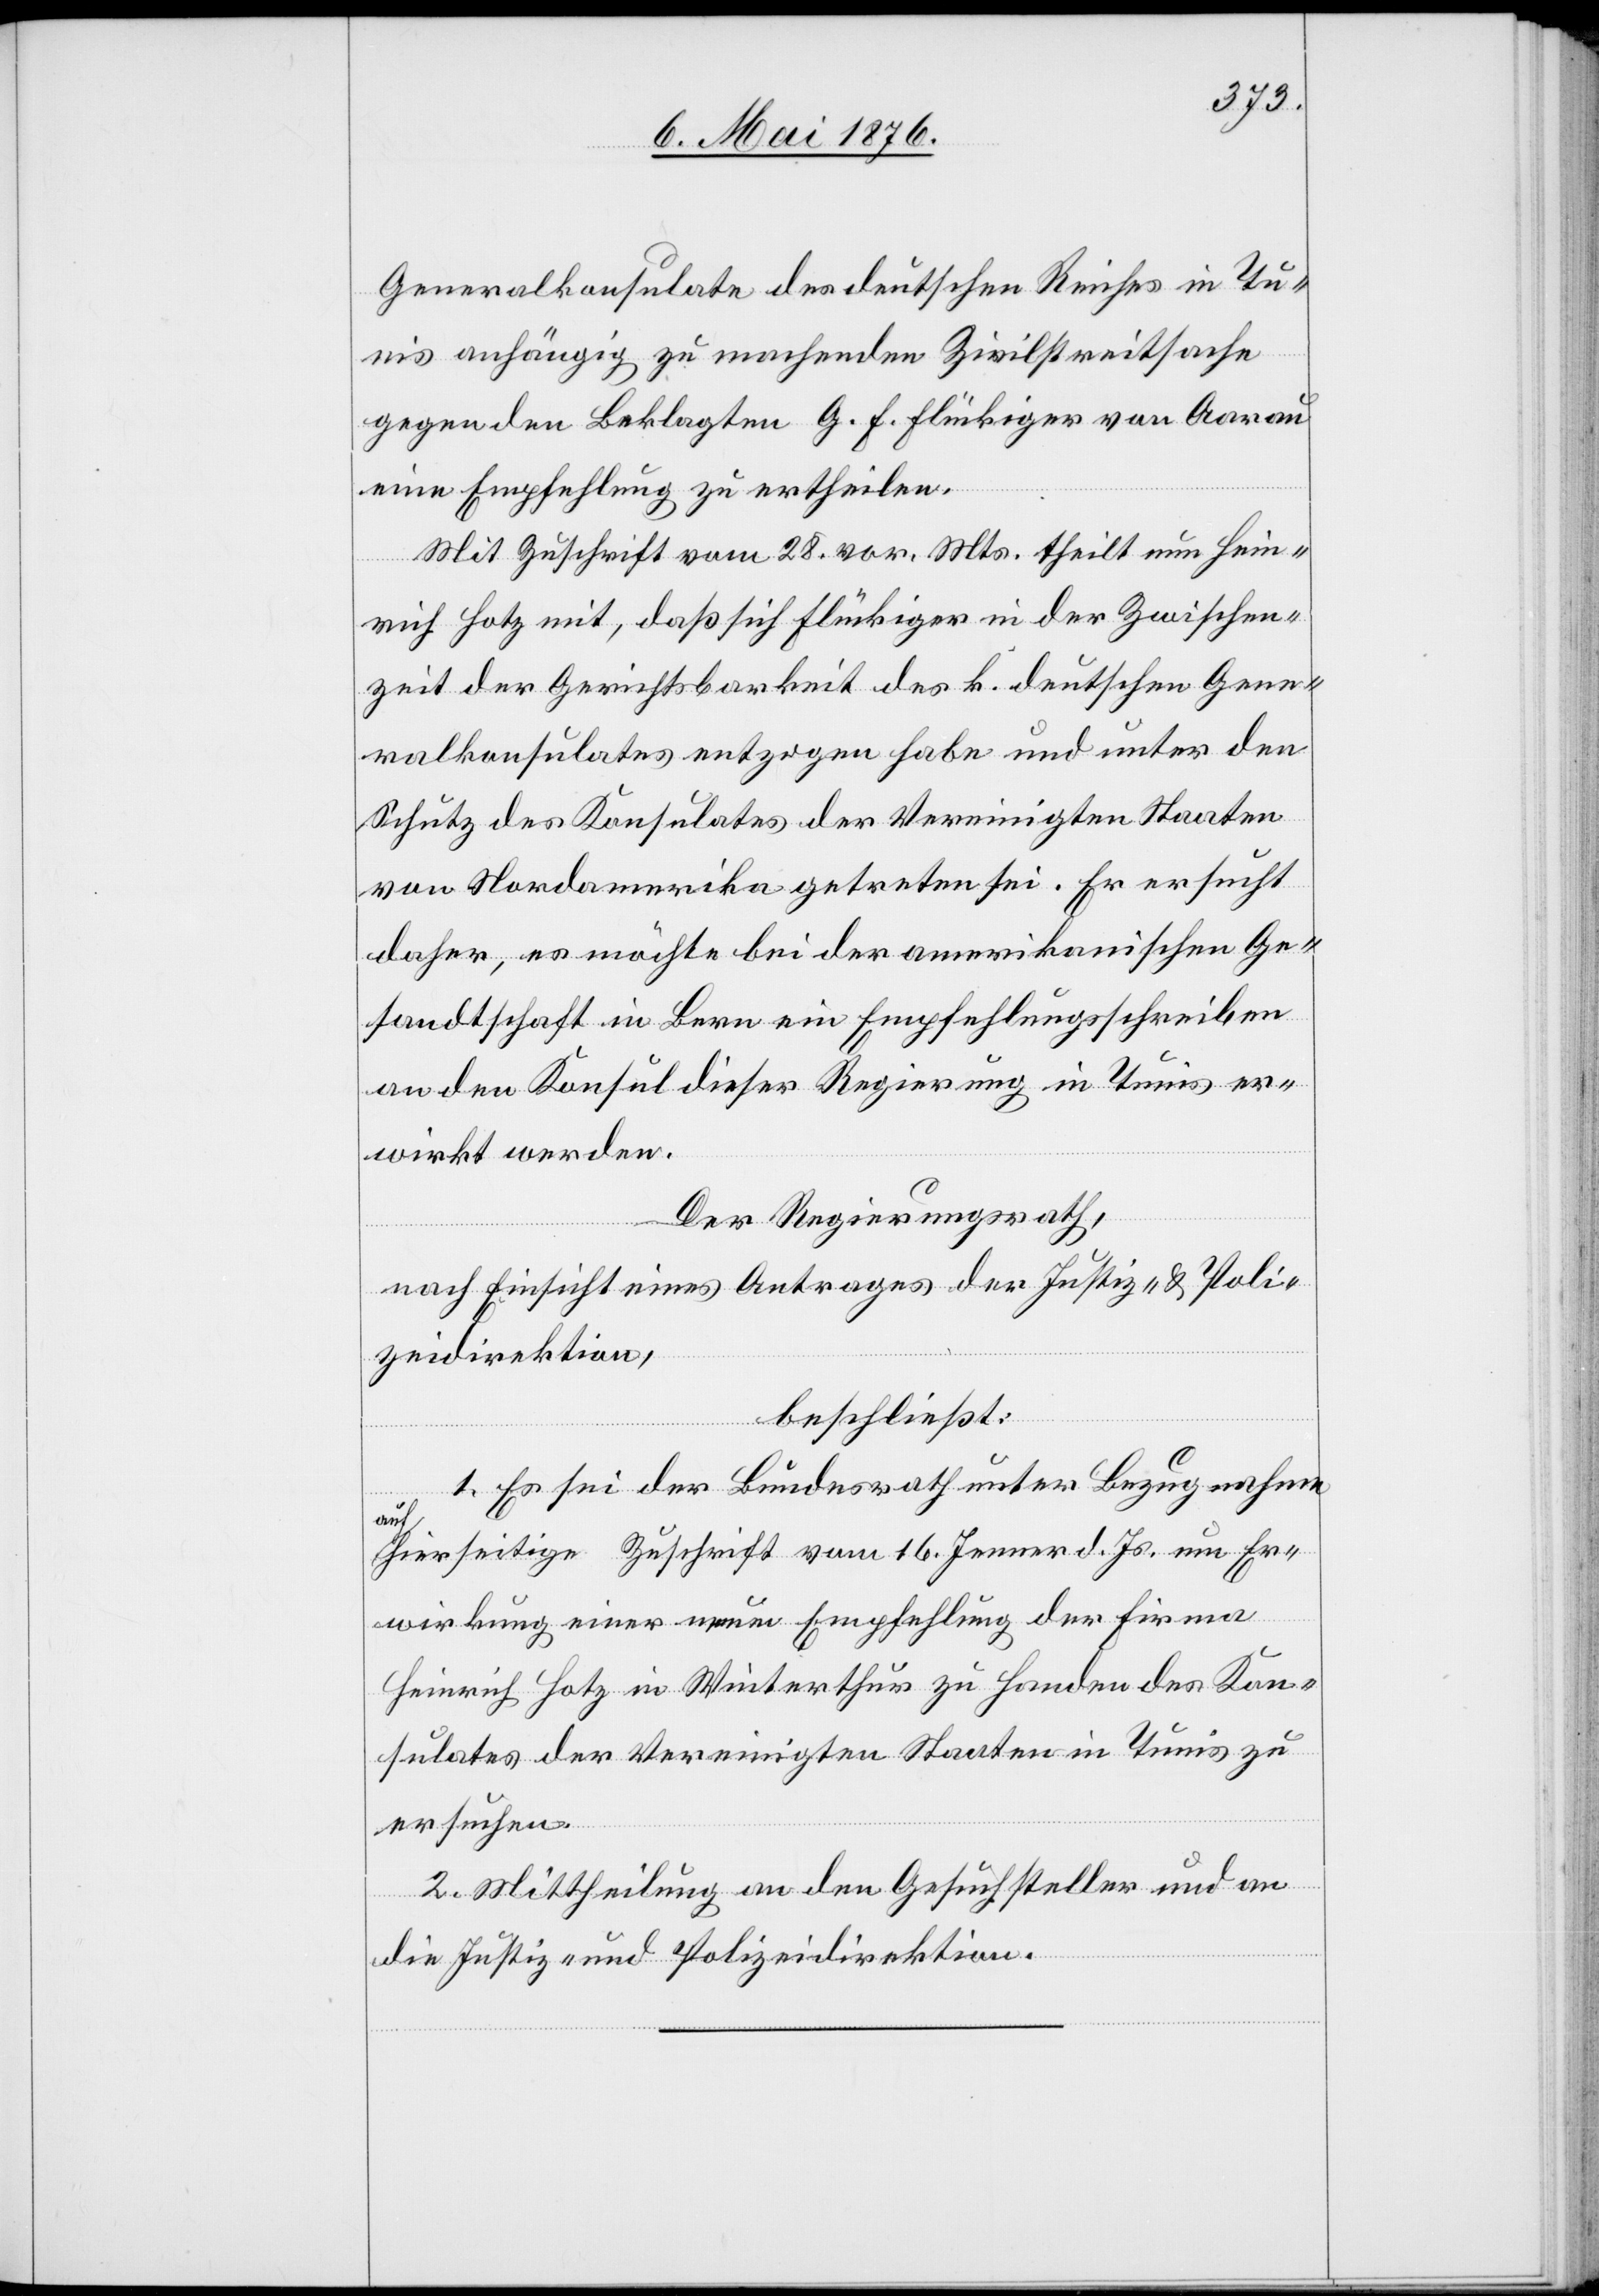
Generalkonsulate des deutschen Reiches in Tu¬
nis anhängig zu machende Zivilstreitsache
gegen den Beklagten g. F. Flückiger von Aarau
eine Empfehlung zu ertheilen.
Mit Zuschrift vom 28. vor. Mts. theilt nun Hein¬
rich Hotz mit, daß sich Flückiger in der Zwischen¬
zeit der Gerichtsbarkeit des k. deutschen Gene¬
ralkonsulates entzogen habe und unter den
Schutz des Konsulates der Vereinigten Staaten
von Nordamerika getreten sei. Er ersucht
daher, es möchte bei der amerikanischen Ge¬
sandtschaft in Bern ein Empfehlungsschreiben
an den Konsul dieser Regierung in Tunis er¬
wirkt werden.
Der Regierungsrath,
nach Einsicht eines Antrages der Justiz- & Poli¬
zeidirektion,
beschließt:
1. Es sei der Bundesrath unter Bezugnahme
auf
hierseitige Zuschrift vom 16. Jenner d. Js. um Er¬
wirkung einer neuen Empfehlung der Firma
Heinrich Hotz in Winterthur zu Handen des Kon¬
sulates der Vereinigten Staaten in Tunis zu
ersuchen.
2. Mittheilung an den Gesuchsteller und an
die Justiz- und Polizeidirektion.